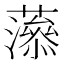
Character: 𧁑